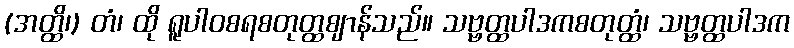
(အတ္ထိ၊) တံ၊ ထို ရူပါဝစရစတုတ္ထဈာန်သည်။ သဗ္ဗတ္ထပါဒကစတုတ္ထံ၊ သဗ္ဗတ္ထပါဒက